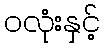
ဝလုံးနှင့်